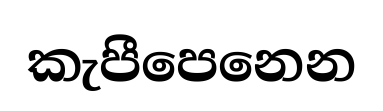
කැපීපෙනෙන